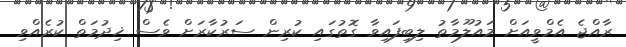
ރާއްޖެ އެމްވީއަށް މައުލޫމާތު ލިބިފައިވާ ގޮތުގައި ކުރިން ސަރުކާރަށް ވެސް ޚިދުމަތް ކުރެއްވި